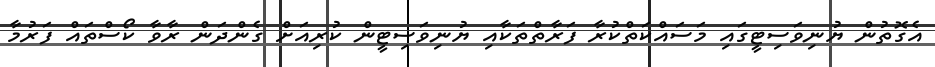
އެގޮތުން ޔުނިވަސިޓީގައި މަަސައްކަތްކުރާ ފަރާތްތަކާއި ޔުނިވަސިޓީން ކުރިއަށް ގެންދަން ރާވާ ކޯސްތައް ފަރުމާ